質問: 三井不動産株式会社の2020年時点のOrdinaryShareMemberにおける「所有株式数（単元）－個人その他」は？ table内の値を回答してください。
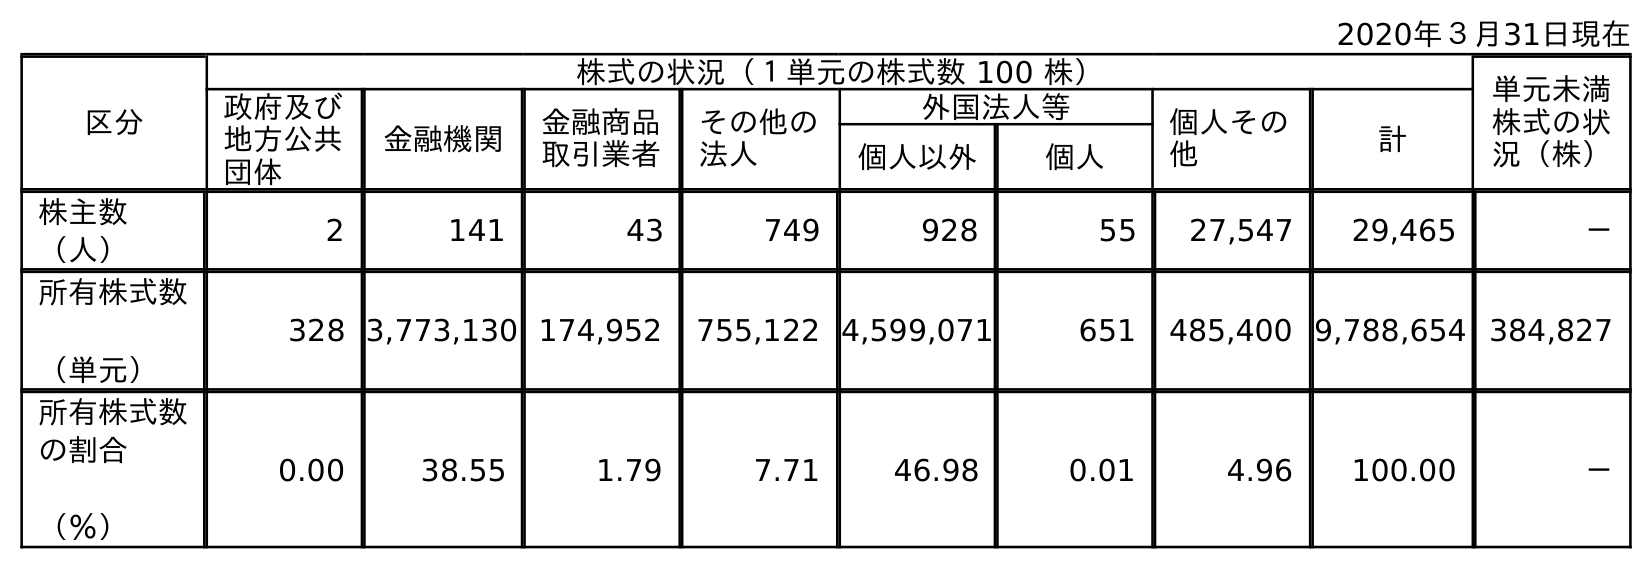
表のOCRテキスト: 2020年３月31日現在 区分 株式の状況（１単元の株式数 100 株） 単元未満 株式の状 況（株） 政府及び 地方公共 団体 金融機関 金融商品 取引業者 その他の 法人 外国法人等 個人その 他 計 個人以外 個人 株主数 （人） 2 141 43 749 928 55 27,547 29,465 － 所有株式数 （単元） 328 3,773,130 174,952 755,122 4,599,071 651 485,400 9,788,654 384,827 所有株式数 の割合 （％） 0.00 38.55 1.79 7.71 46.98 0.01 4.96 100.00 －
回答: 485,400